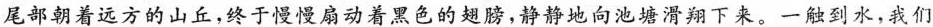
尾部朝着远方的山丘，终于慢慢扇动着黑色的翅膀，静静地向池塘滑翔下来。一触到水，我们